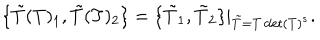
LaTeX: \{ \tilde { T } ( T ) _ { 1 } , \tilde { T } ( T ) _ { 2 } \} = \{ \tilde { T } _ { 1 } , \tilde { T } _ { 2 } \} | _ { \tilde { T } = T \det ( T ) ^ { s } } .